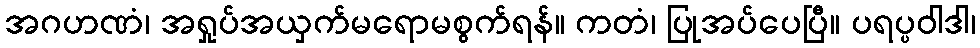
အဂဟဏံ၊ အရှုပ်အယှက်မရောမစွက်ရန်။ ကတံ၊ ပြုအပ်ပေပြီ။ ပရပ္ပဝါဒါ၊